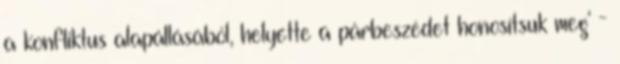
a konfliktus alapállásából, helyette a párbeszédet honosítsuk meg' -